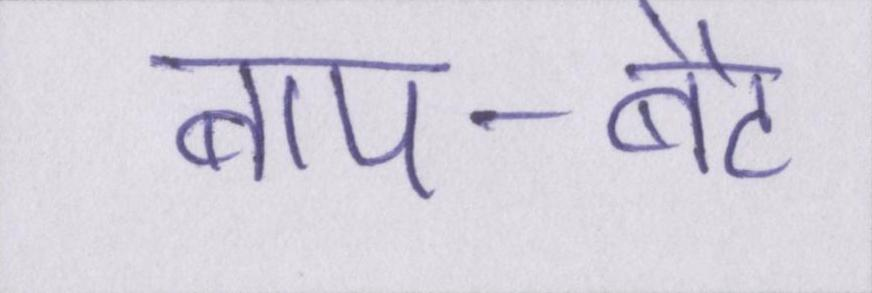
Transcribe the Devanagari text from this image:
बाप-बेटे